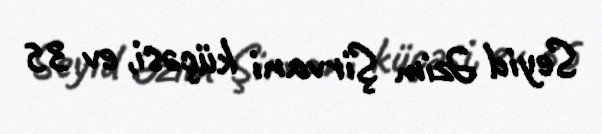
Seyid Əzim Şirvani küçəsi, ev 35